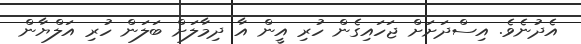
އެދުނެވެ. އިސްދަށަށް ޖަހައިގެން ހުރި އީން އާ ދިމާލަށް ބަލަން ހުރި އަލްޔާން